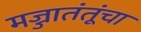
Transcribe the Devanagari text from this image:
मज्जातंतूंचा